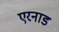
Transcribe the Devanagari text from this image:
एरनाड